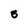
Character: 5